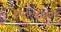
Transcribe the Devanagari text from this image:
२५५४७३१